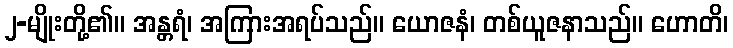
၂-မျိုးတို့၏။ အန္တရံ၊ အကြားအရပ်သည်။ ယောဇနံ၊ တစ်ယူဇနာသည်။ ဟောတိ၊